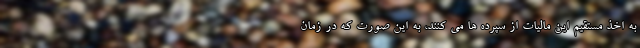
به اخذ مستقیم این مالیات از سپرده ها می کنند، به این صورت که در زمان